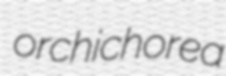
orchichorea